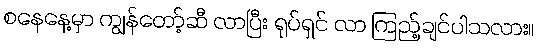
စနေနေ့မှာ ကျွန်တော့်ဆီ လာပြီး ရုပ်ရှင် လာ ကြည့်ချင်ပါသလား။